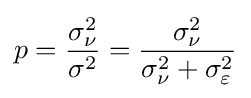
p={\frac {\sigma _{\nu }^{2}}{\sigma ^{2}}}={\frac {\sigma _{\nu }^{2}}{\sigma _{\nu }^{2}+\sigma _{\varepsilon }^{2}}}